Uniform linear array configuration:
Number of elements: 16
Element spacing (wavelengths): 1
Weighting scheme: exponential
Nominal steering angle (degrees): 15
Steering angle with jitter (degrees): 16.494
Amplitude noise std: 0.05
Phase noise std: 0.05

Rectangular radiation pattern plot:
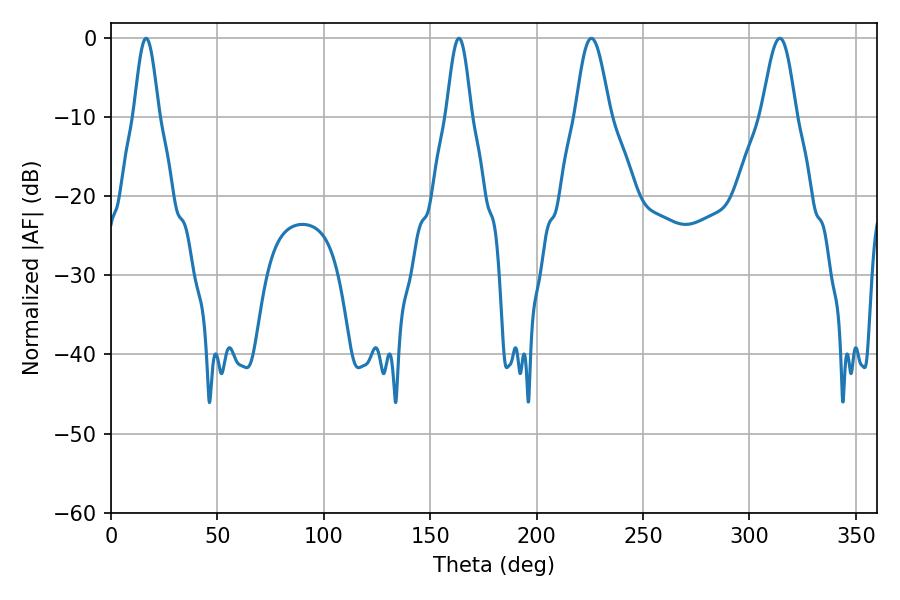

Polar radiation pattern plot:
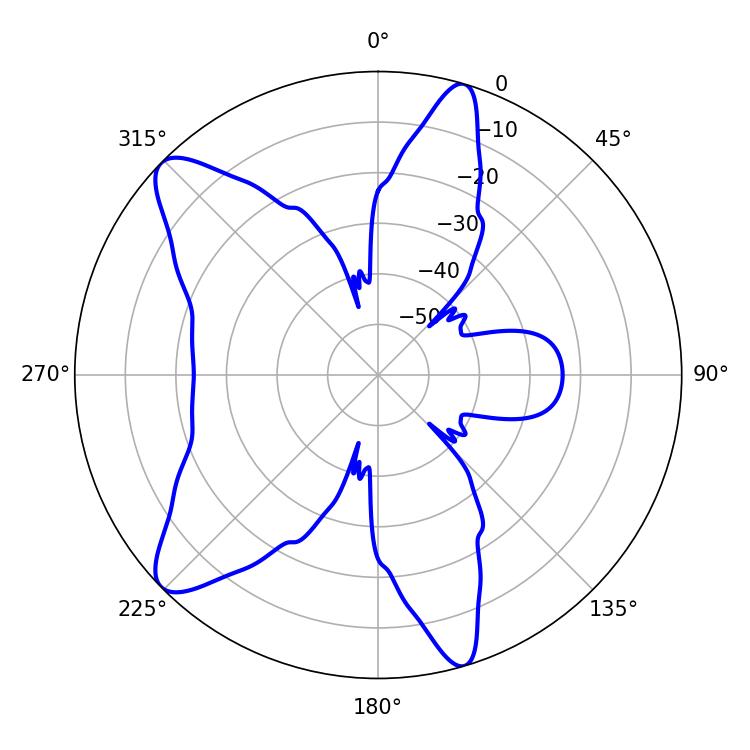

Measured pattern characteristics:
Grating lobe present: TRUE
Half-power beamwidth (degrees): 8.64
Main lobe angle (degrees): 225.72